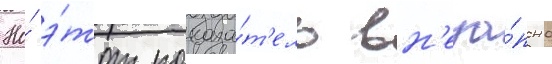
Но́ э́тот показа́т'ель вн'еза́пно